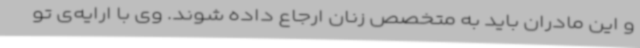
و این مادران باید به متخصص زنان ارجاع داده شوند. وی با ارایه‌ی تو